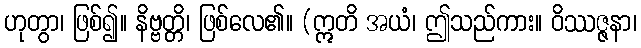
ဟုတွာ၊ ဖြစ်၍။ နိဗ္ဗတ္တိ၊ ဖြစ်လေ၏။ (ဣတိ အယံ၊ ဤသည်ကား။ ဝိဿဇ္ဇနာ၊